Annual report of the Imperial Bacteriologist
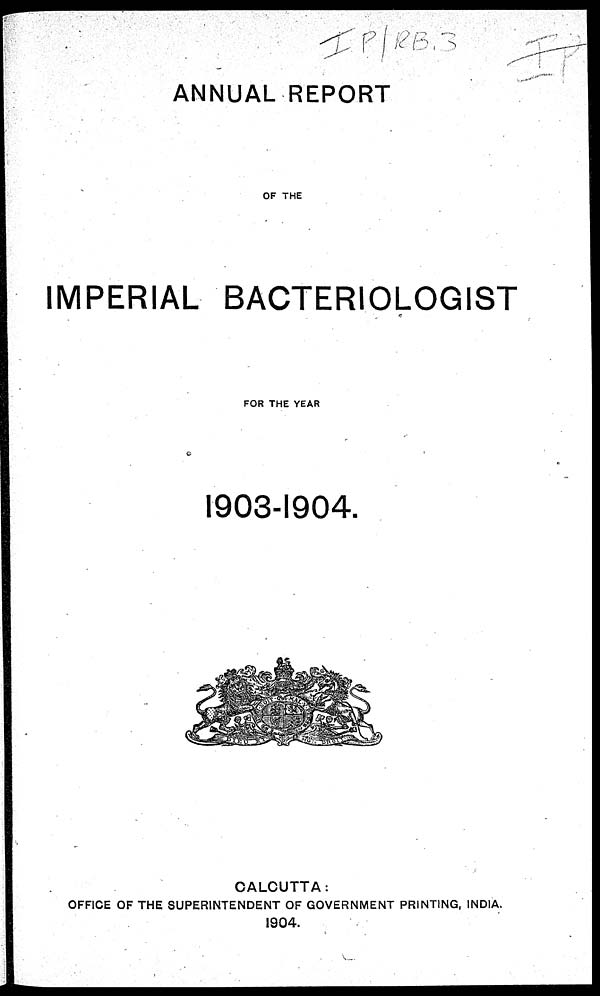
ANNUAL REPORT
OF THE
IMPERIAL BACTERIOLOGIST
FOR THE YEAR
1903-1904.
CALCUTTA:
OFFICE OF THE SUPERINTENDENT OF GOVERNMENT PRINTING, INDIA.
1904.